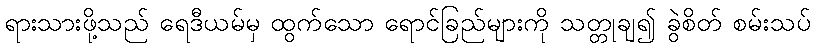
ရားသားဖို့သည် ရေဒီယမ်မှ ထွက်သော ရောင်ခြည်များကို သတ္တုချ၍ ခွဲစိတ် စမ်းသပ်